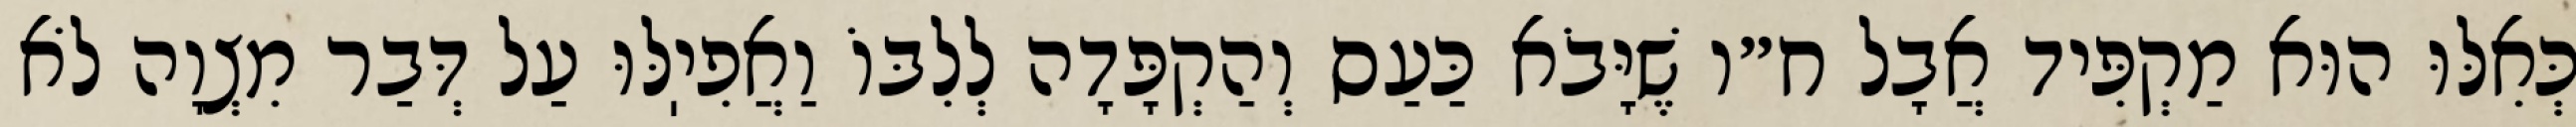
כְּאִלּוּ הוּא מַקְפִּיד אֲבָל ח״ו שֶׁיָּבֹא כַּעַס וְהַקְפָּדָה לְלִבּוֹ וַאֲפִיֽלּוּ עַל דְּבַר מִצְוָה לֹא